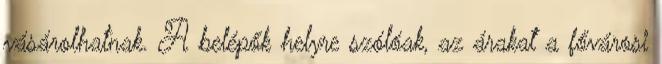
vásárolhatnak. A belépők helyre szólóak, az árakat a fővárosi